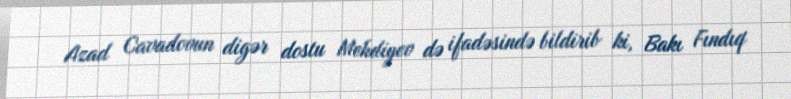
Azad Cavadovun digər dostu Mehdiyev də ifadəsində bildirib ki, Bakı Fındıq